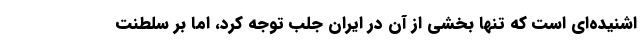
اشنیده‌ای است که تنها بخشی از آن در ایران جلب توجه کرد، اما بر سلطنت